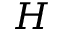
\boldsymbol { H }